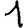
Digit: 1